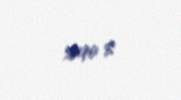
5890 $